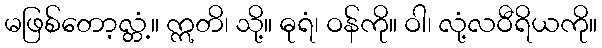
မဖြစ်တော့လ္တံ့။ ဣတိ၊ သို့။ ဓုရံ၊ ဝန်ကို။ ဝါ၊ လုံ့လဝီရိယကို။